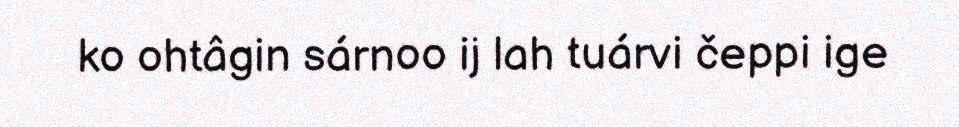
ko ohtâgin sárnoo ij lah tuárvi čeppi ige